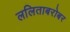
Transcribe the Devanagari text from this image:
ललिताबरोबर